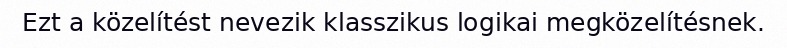
Ezt a közelítést nevezik klasszikus logikai megközelítésnek.